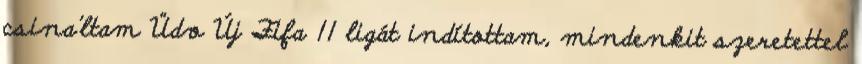
csina'ltam Üdv Új Fifa 11 ligát indítottam, mindenkit szeretettel